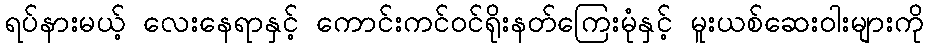
ရပ်နားမယ့် လေးနေရာနှင့် ကောင်းကင်ဝင်ရိုးနတ်ကြေးမုံနှင့် မူးယစ်ဆေးဝါးများကို